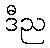
ဒီည